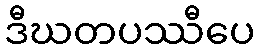
ဒီဃတပဿီပေ